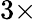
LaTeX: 3\times